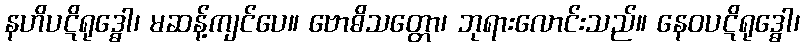
နဟိပဋိရုဒ္ဓေါ၊ မဆန့်ကျင်ပေ။ ဗောဓိသတ္တော၊ ဘုရားလောင်းသည်။ နေဝပဋိရုဒ္ဓေါ၊